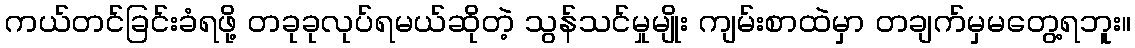
ကယ်တင်ခြင်းခံရဖို့ တခုခုလုပ်ရမယ်ဆိုတဲ့ သွန်သင်မှုမျိုး ကျမ်းစာထဲမှာ တချက်မှမတွေ့ရဘူး။